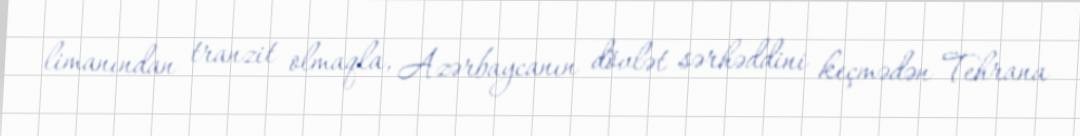
limanından tranzit olmaqla, Azərbaycanın dövlət sərhəddini keçmədən Tehrana